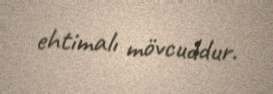
ehtimalı mövcuddur.